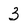
Character: 3